画像に写った文字を読んでください
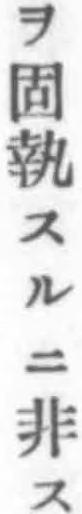
「ヲ固執スルニ非ス」と書いてあります